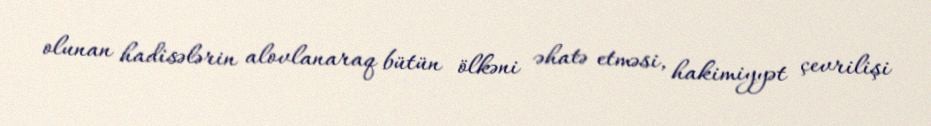
olunan hadisələrin alovlanaraq bütün ölkəni əhatə etməsi, hakimiyyət çevrilişi